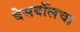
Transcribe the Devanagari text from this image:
बेसबॉलचा